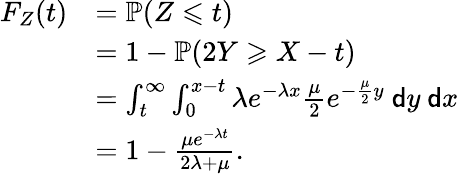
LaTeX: \begin{array}{rl}{F_{Z}(t)}&{=\mathbb P(Z\leqslant t)}\\ &{=1-\mathbb P(2Y\geqslant X-t)}\\ &{=\int_{t}^{\infty}\int_{0}^{x-t}\lambda e^{-\lambda x}\frac\mu 2e^{-\frac\mu 2y}\ \mathsf dy\ \mathsf dx}\\ &{=1-\frac{\mu e^{-\lambda t}}{2\lambda+\mu}.}\end{array}